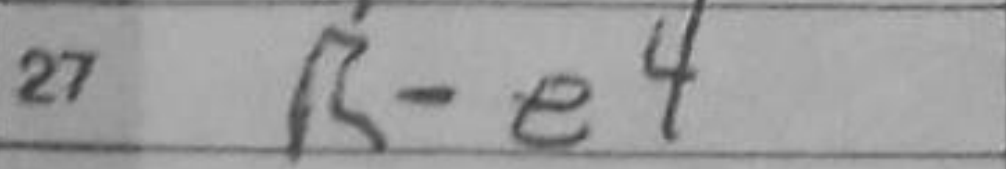
Transcription: Re4